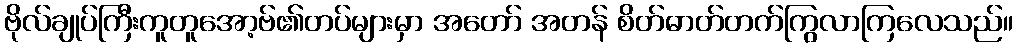
ဗိုလ်ချုပ်ကြီးကူတူအော့ဗ်၏တပ်များမှာ အတော် အတန် စိတ်ဓာတ်တက်ကြွလာကြလေသည်။